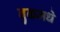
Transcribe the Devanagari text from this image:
बुकमधे